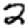
Digit: 2